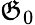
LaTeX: \mathfrak{G}_{0}